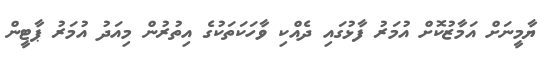
ޔާމީނަށް އަމާޒުކޮށް އުމަރު ފާޅުގައި ދެއްކި ވާހަކަތަކުގެ އިތުރުން މިއަދު އުމަރު ޕާޓީން